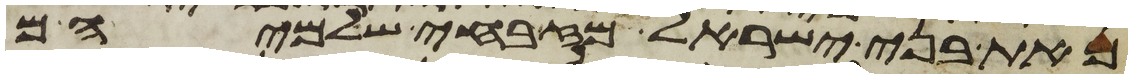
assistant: מאת בני ישראל מזבחי שלמיהם